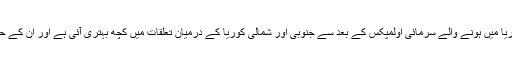
حال ہی میں جنوبی کوریا میں ہونے والے سرمائی اولمپکس کے بعد سے جنوبی اور شمالی کوریا کے درمیان تعلقات میں کچھ بہتری آئی ہے اور ان کے حکام میں رابطہ ہوا ہے۔